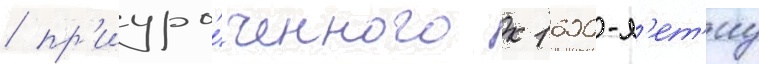
/ пр'иуро́ченного к 1600-л'ет'иу